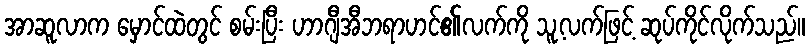
အာဆူလာက မှောင်ထဲတွင် စမ်းပြီး ဟာဂျီအီဘရာဟင်၏လက်ကို သူ့လက်ဖြင့် ဆုပ်ကိုင်လိုက်သည်။